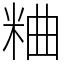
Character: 粬